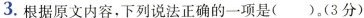
3.根据原文内容.下列说法正确的一项是( )。(3分)